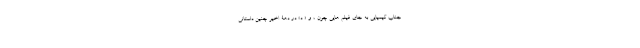
جناب کیمیایی به جای فیلم هایی چون ، و « د» در دهۀ اخیر چنین داستانی